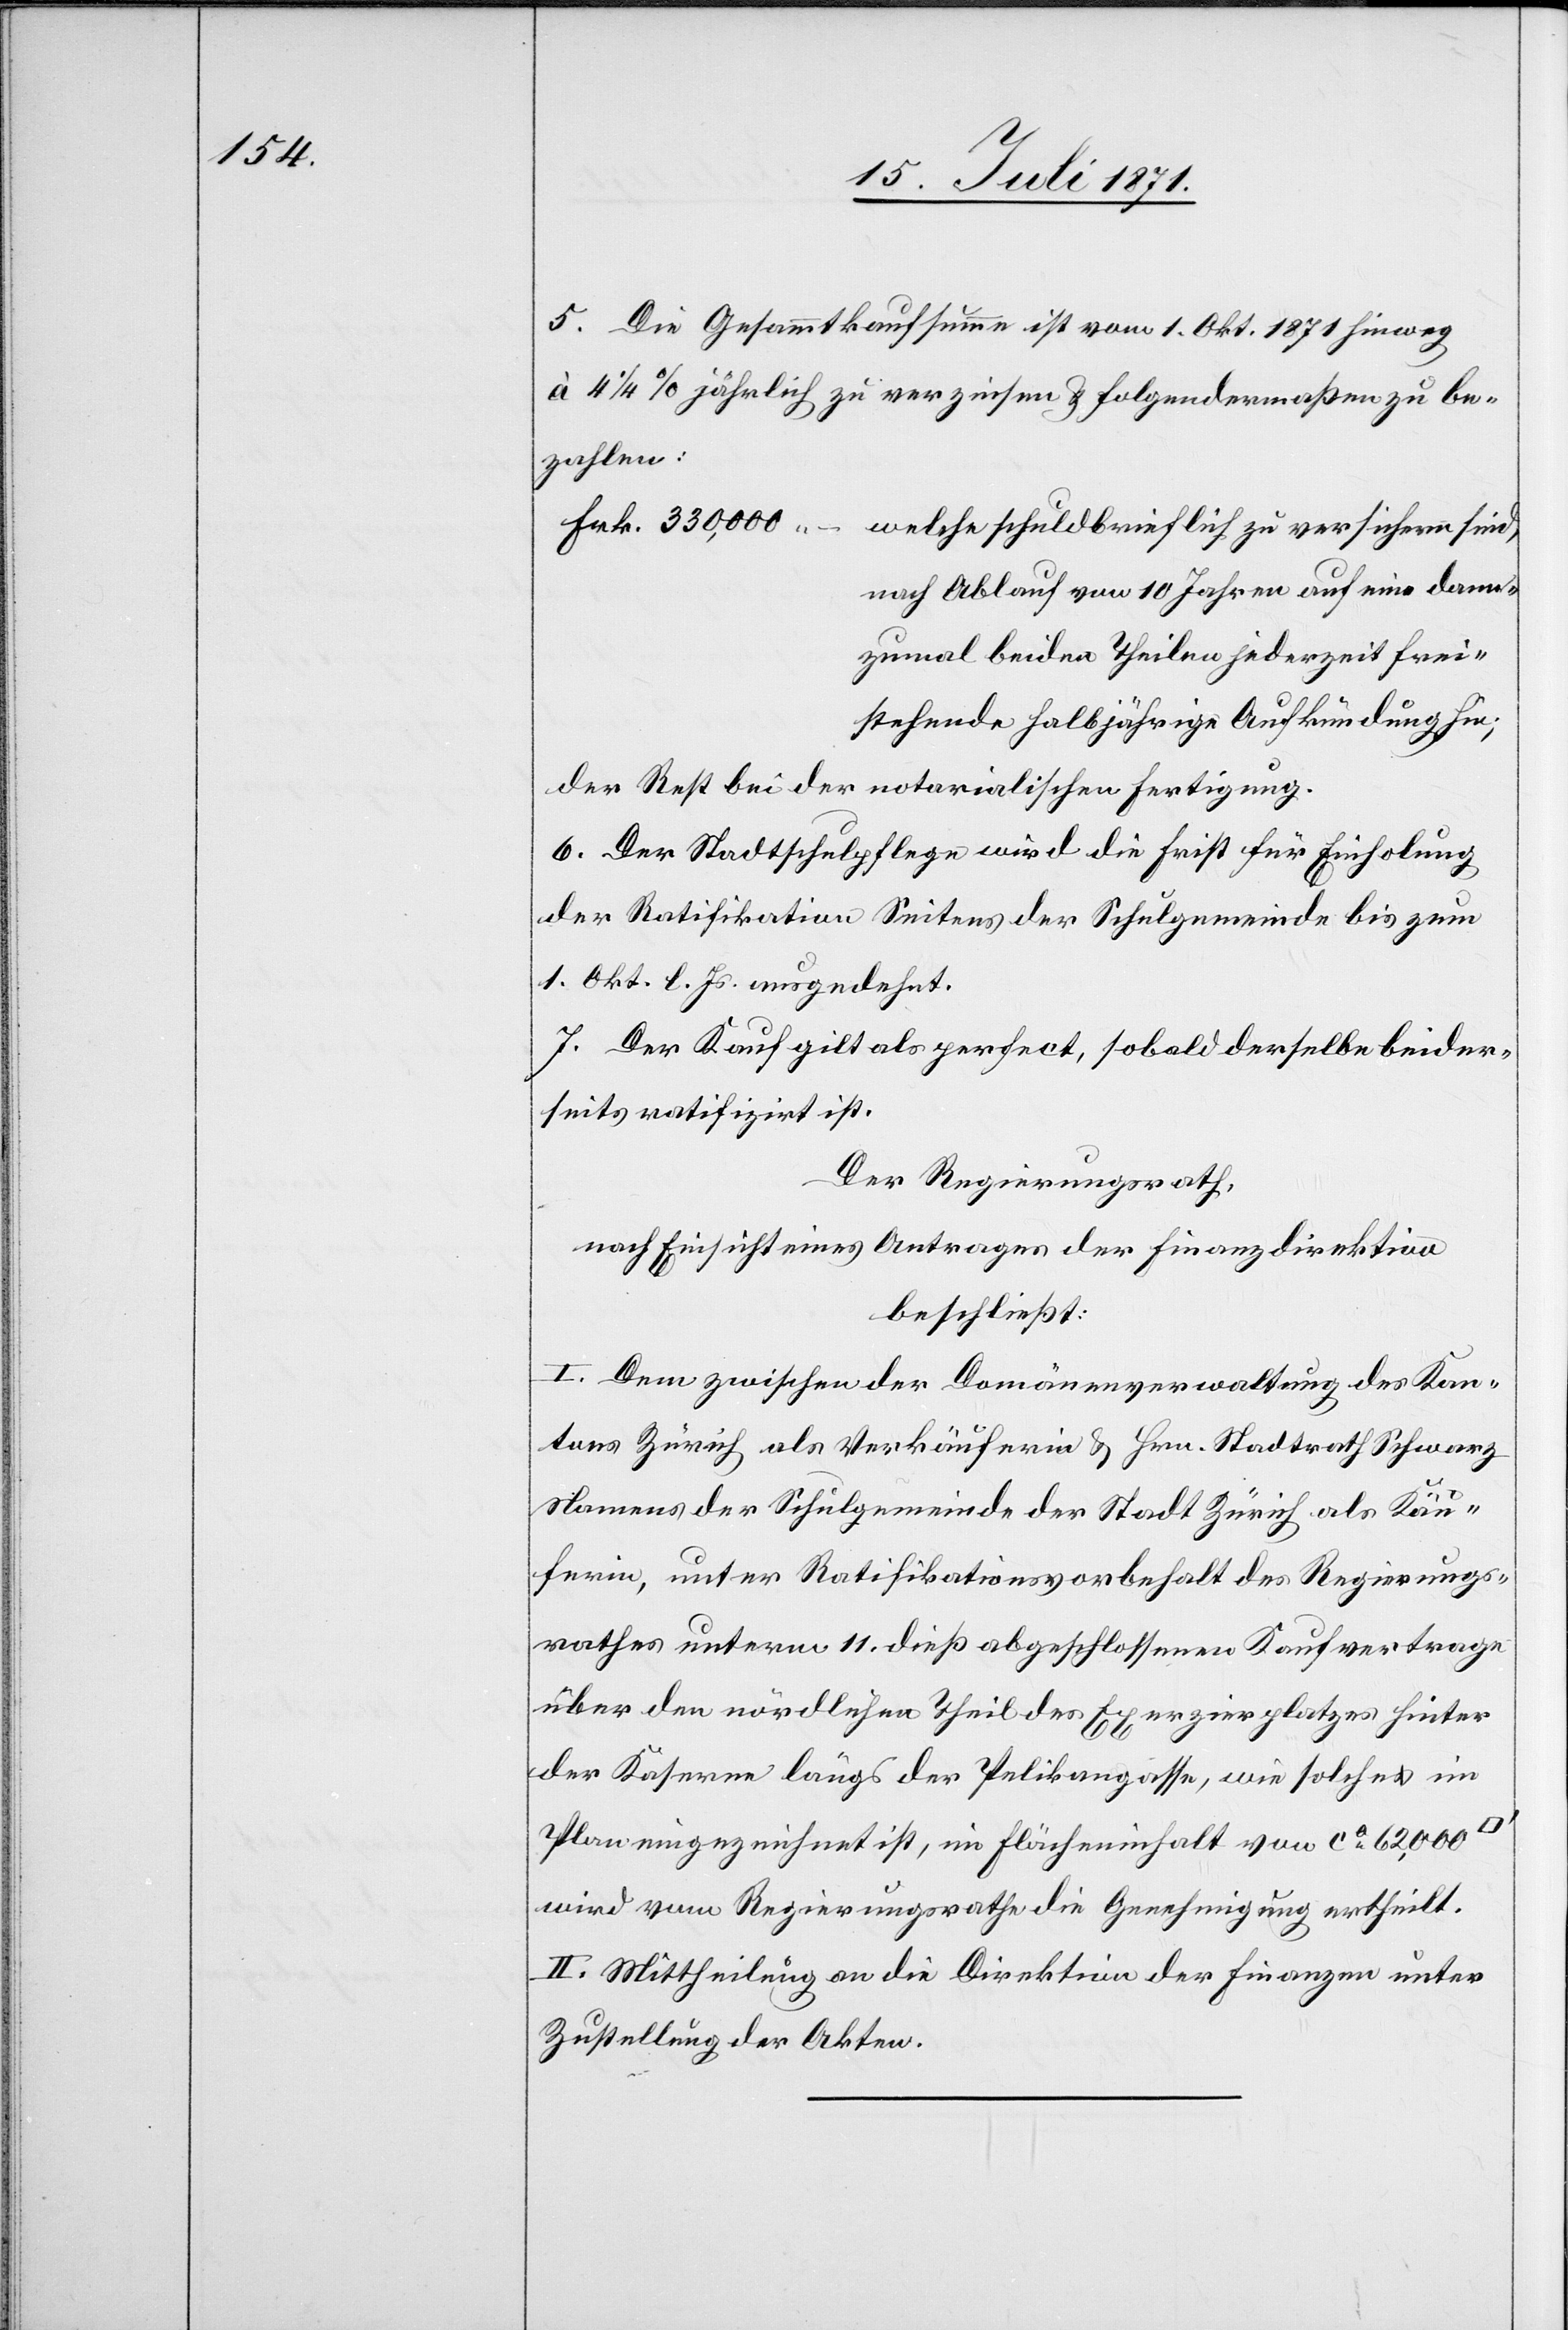
dann¬

Die Gesammtkaufsumme ist vom 1. Okt. 1871 hinweg
à 4 1/4% jährlich zu verzinsen u. folgendermaßen zu be¬
tehende
Frk. 330,000.–
welche schuldbrieflich zu verzinsen sind,
zumal beiden Theilen jederzeit freis¬
der Rest bei der notarialischen Fertigung.
Der Stadtschulpflege wird die Frist für Einholung
der Ratifikation Seitens der Schulgemeinde bis zum
1. Okt. l. Js. ausgedehnt.
Der Kauf gilt als perfect, sobald derselbe beider¬
seits ratifizirt ist.
Der Regierungsrath,
nach Einsicht eines Antrages der Finanzdirektion,
beschließt:
I. Dem zwischen der Domänenverwaltung des Kan¬
tons Zürich als Verkäuferin u. Hrn. Stadtrath Schwarz
Namens der Schulgemeinde der Stadt Zürich als Käu¬
ferin, unter Ratifikationsvorbehalt des Regierungs¬
rathes unterm 11. dieß abgeschlossenen Kaufvertrage
über den nördlichen Theil des Exerzierplatzes hinter
der Kaserne längs der Pelikangase, wie solche im
Plan eingezeichnet ist, im Flächeninhalt von ca. 62,000
wird vom Regierungsrathe die Genehmigung ertheilt.
II. Mittheilung an die Direktion der Finanzen unter
Zustellung der Akten.